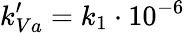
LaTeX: k_{Va}^{\prime}=k_{1}\cdot 10^{-6}